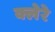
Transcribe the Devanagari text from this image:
क्लेरे